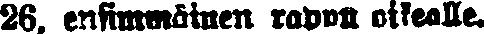
26, ensimmäisen rapun oikealle.